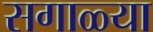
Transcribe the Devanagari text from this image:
सगाळ्या